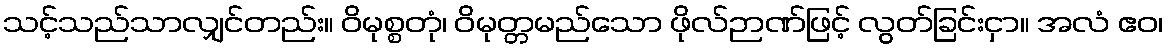
သင့်သည်သာလျှင်တည်း။ ဝိမုစ္စတုံ၊ ဝိမုတ္တမည်သော ဖိုလ်ဉာဏ်ဖြင့် လွတ်ခြင်းငှာ။ အလံ ဧဝ၊